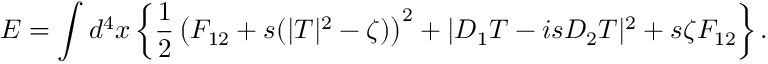
E = \int d ^ { 4 } x \left\{ \frac 1 2 \left( F _ { 1 2 } + s ( | T | ^ { 2 } - \zeta ) \right) ^ { 2 } + | D _ { 1 } T - i s D _ { 2 } T | ^ { 2 } + s \zeta F _ { 1 2 } \right\} .